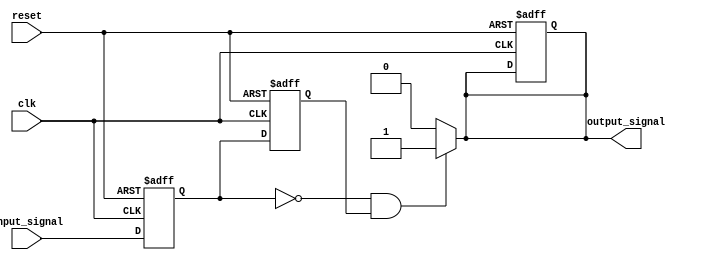
module falling_edge_detector (
    input wire clk,               // Clock signal
    input wire reset,             // Reset signal
    input wire input_signal,      // Input signal to detect falling edge
    output reg output_signal       // Output signal indicating falling edge
);

    // Internal signals to hold the current and previous states
    reg ff1;                      // Current state of input_signal
    reg ff2;                      // Previous state of input_signal

    // Sequential logic to sample input_signal on the rising edge of clk
    always @(posedge clk or posedge reset) begin
        if (reset) begin
            ff1 <= 1'b0;          // Reset FF1
            ff2 <= 1'b0;          // Reset FF2
            output_signal <= 1'b0; // Reset output signal
        end else begin
            ff1 <= input_signal;  // Sample current input_signal
            ff2 <= ff1;           // Update previous state
        end
    end

    // Combinational logic to detect falling edge
    always @(*) begin
        if (ff1 == 1'b0 && ff2 == 1'b1) begin
            output_signal = 1'b1; // Falling edge detected
        end else begin
            output_signal = 1'b0; // No falling edge
        end
    end

endmodule